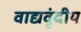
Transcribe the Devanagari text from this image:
वाद्यवृंदीय